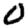
Digit: 0